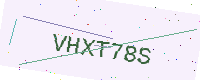
Text: VHXT78S